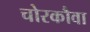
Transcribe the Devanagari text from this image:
चोरकौवा